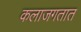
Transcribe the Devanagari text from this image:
कलाजगतात